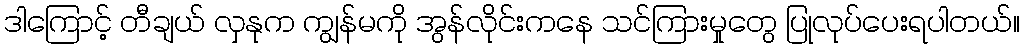
ဒါကြောင့် တီချယ် လှနုက ကျွန်မကို အွန်လိုင်းကနေ သင်ကြားမှုတွေ ပြုလုပ်ပေးရပါတယ်။